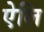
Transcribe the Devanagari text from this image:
ऐलि